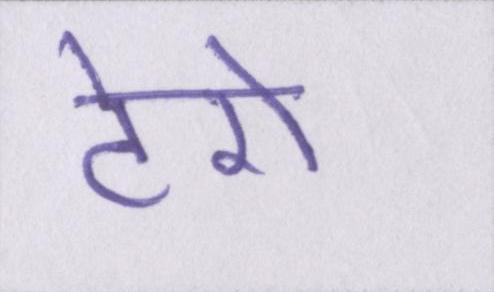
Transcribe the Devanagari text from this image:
टेरो